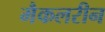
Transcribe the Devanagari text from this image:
मैकलरीन